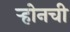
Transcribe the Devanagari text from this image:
ऱ्होनची